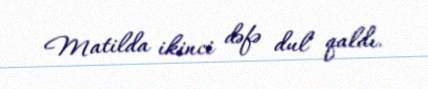
Matilda ikinci dəfə dul qaldı.